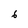
Character: 6